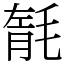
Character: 毻